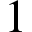
1